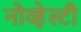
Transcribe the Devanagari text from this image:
नोव्हेल्टी